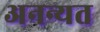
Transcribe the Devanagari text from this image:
अनन्यत